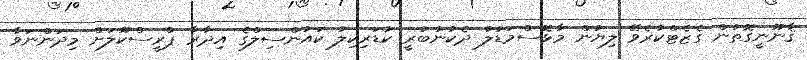
ޤާނޫނީގޮތުން ގެޒެޓްކުރެވޭ ލިޔުން މާޅޮސްމަޑުލު ދެކުނުބުރީ ކުޑަރިކިލު ކައުންސިލްގެ އިދާރާ ޕްރީސްކޫލަށް މިދަންނަވާ